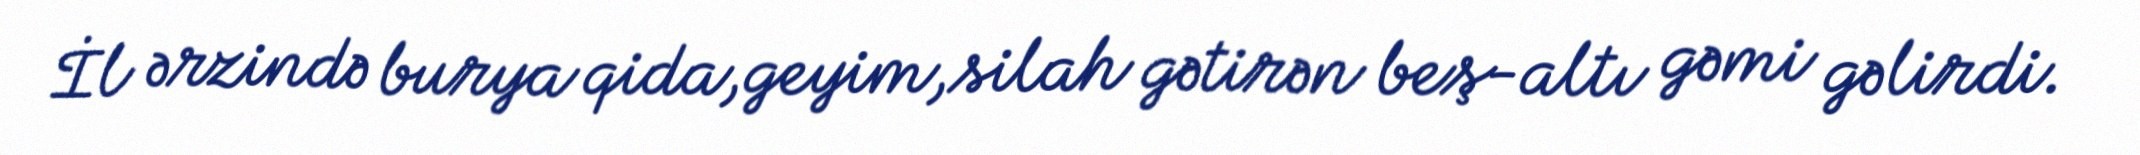
İl ərzində burya qida,geyim,silah gətirən beş-altı gəmi gəlirdi.